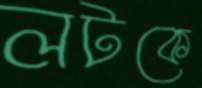
লটকে